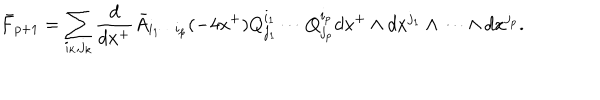
\bar { F } _ { p + 1 } = \sum _ { i _ { k } , j _ { k } } \frac { d } { d x ^ { + } } \bar { A } _ { i _ { 1 } \cdots i _ { p } } ( - 4 x ^ { + } ) Q _ { j _ { 1 } } ^ { i _ { 1 } } \cdots Q _ { j _ { p } } ^ { i _ { p } } d x ^ { + } \wedge d x ^ { j _ { 1 } } \wedge \cdots \wedge d x ^ { j _ { p } } .